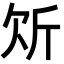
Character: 𭤠